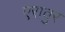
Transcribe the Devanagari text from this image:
एरावुर